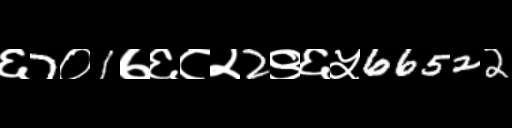
Text: ६7०1७६८२2९६५66522